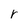
Character: r